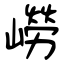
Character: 嶗